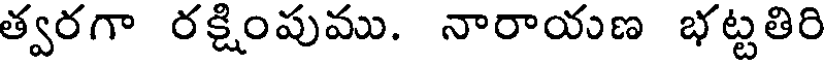
త్వరగా రక్షింపుము. నారాయణ భట్టతిరి